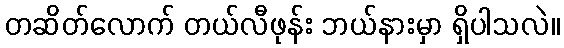
တဆိတ်လောက် တယ်လီဖုန်း ဘယ်နားမှာ ရှိပါသလဲ။